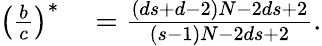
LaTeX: \begin{array}{rl}{\left(\frac{b}{c}\right)^{\ast}}&{{}=\frac{\left(ds+d-2\right)N-2ds+2}{\left(s-1\right)N-2ds+2}.}\end{array}